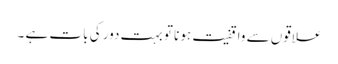
علاقوں سے واقفیت ہونا تو بہت دور کی بات ہے ۔